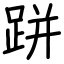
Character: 跰